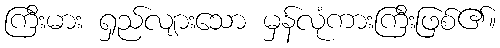
ကြီးမား ရှည်လျားသော မှန်လုံကားကြီးဖြစ်၏။